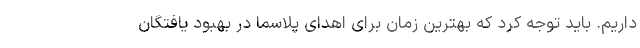
داریم. باید توجه کرد که بهترین زمان برای اهدای پلاسما در بهبود یافتگان